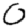
Digit: 0